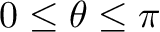
0 \leq \theta \leq \pi